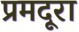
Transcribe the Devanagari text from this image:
प्रमदूरा